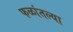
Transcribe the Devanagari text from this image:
फळांतल्या